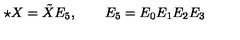
\star X = \tilde { X } E _ { 5 } , \qquad E _ { 5 } = E _ { 0 } E _ { 1 } E _ { 2 } E _ { 3 }